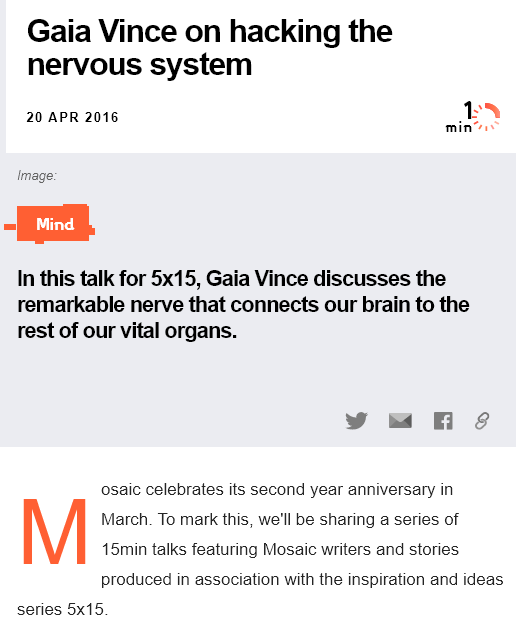
Gaia    Vince    on    hacking    the
    nervous    system
    20 APR 2016
   Image:
     Mind
   In this talk for 5x15, Gaia Vince discusses   the
   remarkable nerve  that   connects   our brain to the
   rest of our vital organs.
     osaic celebrates its second year anniversary in
     March. To mark this, we'll be sharing a series of
     15min talks featuring Mosaic writers and stories
     produced in association with the inspiration and ideas
   series 5x15.